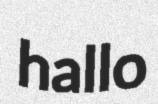
hallo